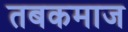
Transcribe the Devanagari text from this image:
तबकमाज